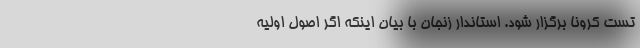
تست کرونا برگزار شود. استاندار زنجان با بیان اینکه اگر اصول اولیه